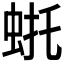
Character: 𫊴